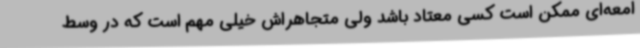
امعه‌ای ممکن است کسی معتاد باشد ولی متجاهراش خیلی مهم است که در وسط